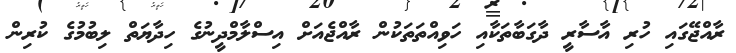
ރާއްޖޭގައި ހުރި އާސާރީ ދާގަބާތަކާއި ހަވިއްތަތަކުން ރާއްޖެއަށް އިސްލާމްދީނުގެ ހިދާޔަތް ލިބުމުގެ ކުރިން